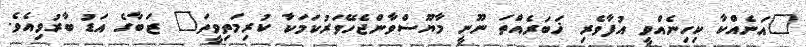
"އަނެއްކާ ކިހިނެއްވީ އުފާވެރި ޚަބަރެއްތަ ނޫނީ މާޔޫސްވާންޖެހޭވަރުކަމަކާ ކުރިމަތިވީތަ" ޒަބާގެ އަޑު ބާރުވިއެވެ.